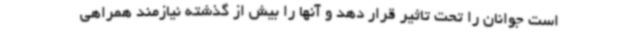
است جوانان را تحت تاثیر قرار دهد و آنها را بیش از گذشته نیازمند همراهی